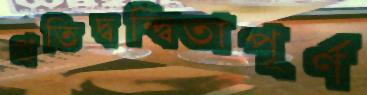
প্রতিদ্বন্দ্বিতাপূর্ণ